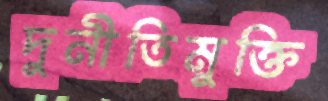
দুর্নীতিমুক্তি